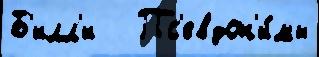
Б'илл'и   Пс'евдон'и́мы